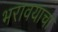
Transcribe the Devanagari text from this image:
भरावयाचा